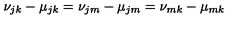
\nu _ { j k } - \mu _ { j k } = \nu _ { j m } - \mu _ { j m } = \nu _ { m k } - \mu _ { m k }